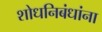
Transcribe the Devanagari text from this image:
शोधनिबंधांना